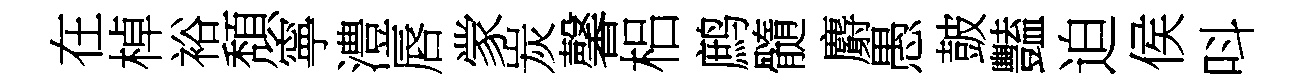
在棹裕頽寧澧唇䝉炭馨梠鹧髓麝愚皷豔迫侯呌